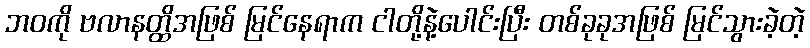
ဘဝကို ဗလာနတ္ထိအဖြစ် မြင်နေရာက ငါတို့နဲ့ပေါင်းပြီး တစ်ခုခုအဖြစ် မြင်သွားခဲ့တဲ့